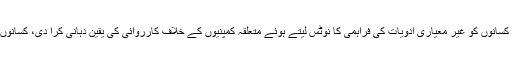
18 اپریل2018ء) ضلع ناظم ایبٹ آباد علی خان جدون نے کسانوں کو غیر معیاری ادویات کی فراہمی کا نوٹس لیتے ہوئے متعلقہ کمپنیوں کے خلاف کارروائی کی یقین دہانی کرا دی، کسانوں کو درپیش دیگر تمام مسائل بھی جلد از جلد حل کریں گے۔